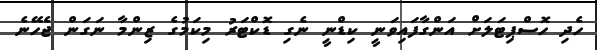
ހެދި ހޮސްޕިޓަލަށް އަންގާފައިވަނީ ކިޑްނީ ނެގި ޑޮކްޓަރު މިކަމުގެ ޒިންމާ ނަގަން ޖެހޭނެ